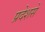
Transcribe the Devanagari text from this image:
प्रदेशसे